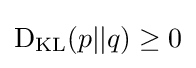
\operatorname {D} _{\mathrm {KL} }(p||q)\geq 0